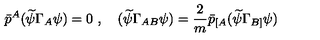
\bar { p } ^ { A } ( \widetilde { \psi } \Gamma _ { A } \psi ) = 0 \ , \quad ( \widetilde { \psi } \Gamma _ { A B } \psi ) = \frac { \displaystyle 2 } { \displaystyle m } \bar { p } _ { [ A } ( \widetilde { \psi } \Gamma _ { B ] } \psi )